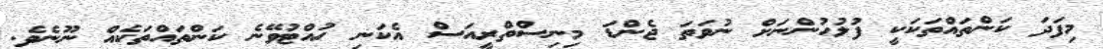
މިފަދަ ކަންތައްތަކަކީ ފުލުހުންނަށް ނުވަތަ ޖެންޑަ މިނިސްތްރީއަސް އެކަނި ހުއްޓުވޭނެ ކަންތައްތަކެއް ނޫނެވެ.